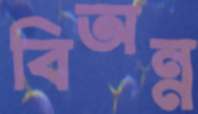
বিঅন্ন